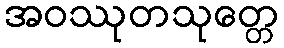
အဝဿုတသုတ္တေ